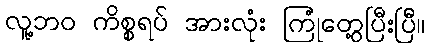
လူ့ဘဝ ကိစ္စရပ် အားလုံး ကြုံတွေ့ပြီးပြီ။